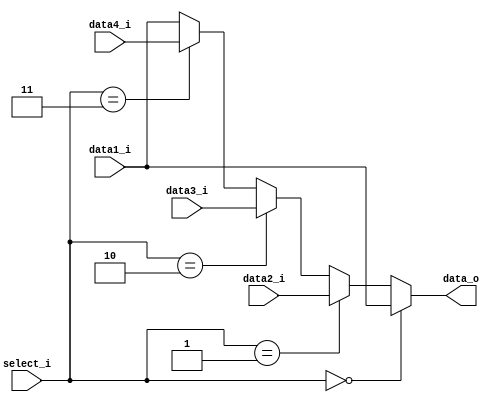
module MUX4_32
(
    data1_i,
    data2_i,
    data3_i,
    data4_i,
    select_i,
    data_o
);

input  [31:0] data1_i;
input  [31:0] data2_i;
input  [31:0] data3_i;
input  [31:0] data4_i;
input  [ 1:0] select_i;
output [31:0] data_o;

assign data_o = (select_i == 2'b00) ? data1_i :
                (select_i == 2'b01) ? data2_i :
                (select_i == 2'b10) ? data3_i :
                (select_i == 2'b11) ? data4_i :
                data1_i;

endmodule